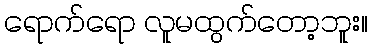
ရောက်ရော လူမထွက်တော့ဘူး။